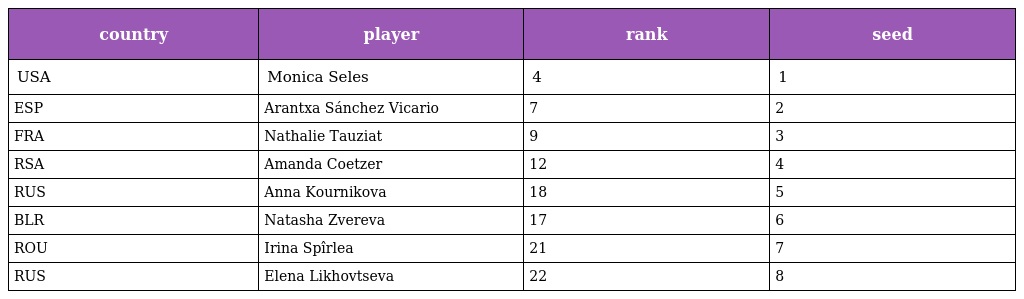
| country | player | rank | seed |
 | --- | --- | --- | --- |
 | USA | Monica Seles | 4 | 1 |
 | ESP | Arantxa Sánchez Vicario | 7 | 2 |
 | FRA | Nathalie Tauziat | 9 | 3 |
 | RSA | Amanda Coetzer | 12 | 4 |
 | RUS | Anna Kournikova | 18 | 5 |
 | BLR | Natasha Zvereva | 17 | 6 |
 | ROU | Irina Spîrlea | 21 | 7 |
 | RUS | Elena Likhovtseva | 22 | 8 |